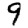
Digit: 9